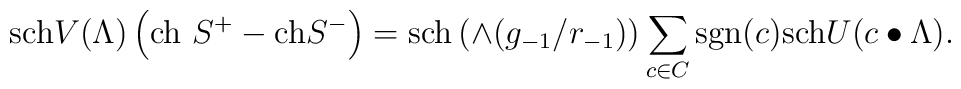
\hbox{sch}V(\Lambda)\left(\hbox{ch }S^+-\hbox{ch}S^-\right)=\hbox{sch}\left(\wedge (g_{-1}/r_{-1})\right)\sum_{c\in C}\hbox{sgn}(c)\hbox{sch}U(c\bullet \Lambda).